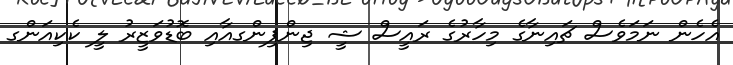
އެހެން ނަމަވެސް ޗައިނާގެ މިހާރުގެ ރައީސް ޝީ ޖިންޕިންގއާއި ބޮޑުވަޒީރު ލީ ކެކިއަންގ